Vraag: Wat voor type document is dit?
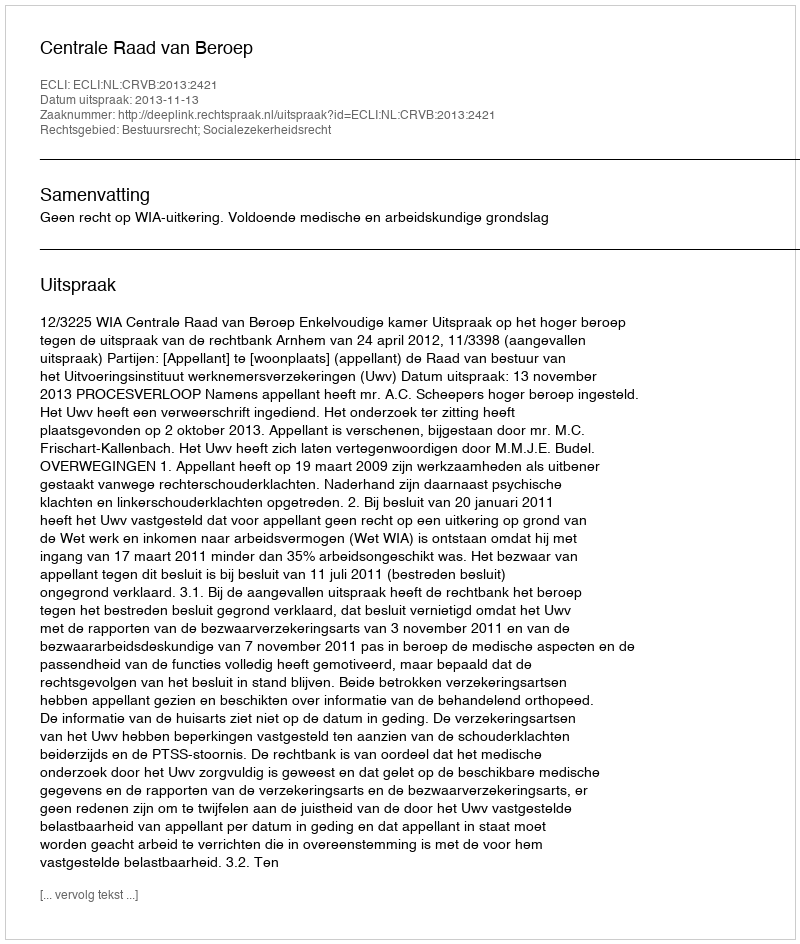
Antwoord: Uitspraak